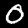
Digit: 0